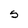
Character: S